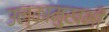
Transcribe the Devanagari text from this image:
उल्कामुखभी